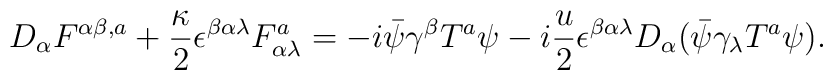
D_{\alpha}{ F}^{\alpha \beta ,a} +\frac{\kappa}{2} \epsilon^{\beta\alpha \lambda}{ F}_{\alpha \lambda} ^a = -i\bar\psi\gamma^{\beta}{ T}^a\psi -i\frac{u}{2} \epsilon^{\beta \alpha \lambda} D_{\alpha}(\bar\psi\gamma_{\lambda} { T}^a \psi).